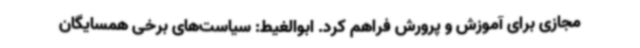
مجازی برای آموزش و پرورش فراهم کرد. ابوالغیط: سیاست‌های برخی همسایگان